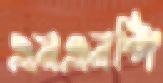
এনএনপি